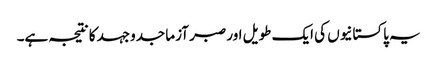
یہ پاکستانیوں کی ایک طویل اور صبر آزما جدوجہد کا نتیجہ ہے۔